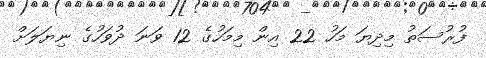
ފުރުސަތު މިދިޔަ މަހު 22 އިން މިމަހުގެ 12 ވަނަ ދުވަހުގެ ނިޔަލަށް